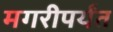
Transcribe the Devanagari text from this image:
मगरीपर्यंत